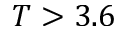
T > 3 . 6